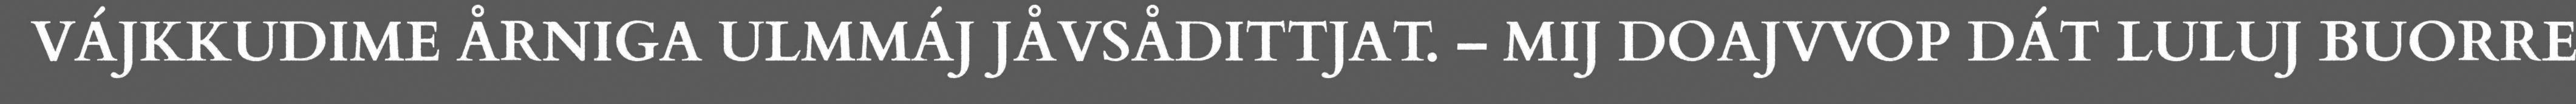
VÁJKKUDIME ÅRNIGA ULMMÁJ JÅVSÅDITTJAT. – MIJ DOAJVVOP DÁT LULUJ BUORRE